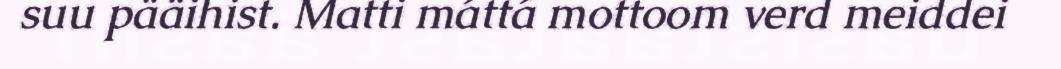
suu pääihist. Matti máttá mottoom verd meiddei